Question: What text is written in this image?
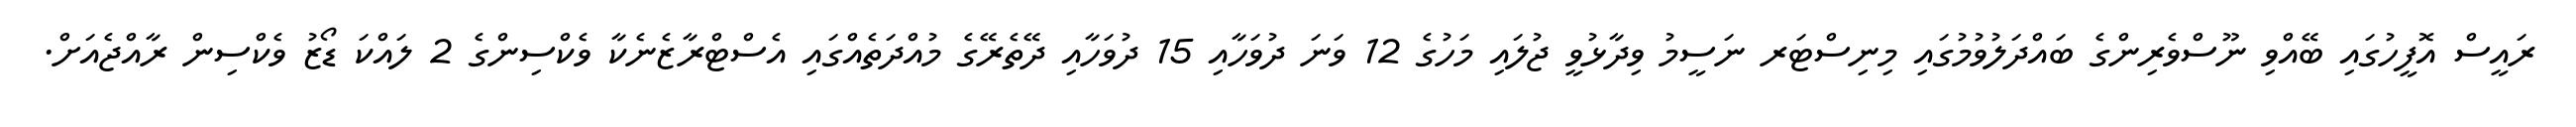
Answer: ރައީސް އޮފީހުގައި ބޭއްވި ނޫސްވެރިންގެ ބައްދަލުވުމުގައި މިނިސްޓަރ ނަސީމު ވިދާޅުވީ ޖުލައި މަހުގެ 12 ވަނަ ދުވަހާއި 15 ދުވަހާއި ދޭތެރޭގެ މުއްދަތެއްގައި އެސްޓްރާޒެނެކާ ވެކްސިންގެ 2 ލައްކަ ޑޯޒު ވެކްސިން ރާއްޖެއަށް.